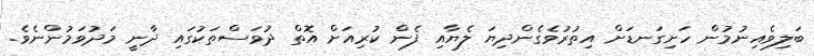
ބަލިވެއިނުމުން ހަށިގަނޑަށް އިތުރުވެގެންދިޔަ ލެޔާއި ފެން ކުރިއަށް އޮތް ދުވަސްތަކުގައި ދާނީ މަދުވަމުންނެވެ.